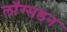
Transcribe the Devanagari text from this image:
लाॅग्सडन